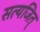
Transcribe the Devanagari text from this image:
सत्यजित्‌